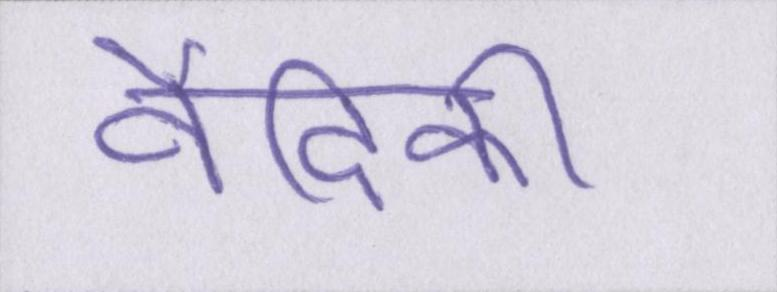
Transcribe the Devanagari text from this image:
वैदिकी